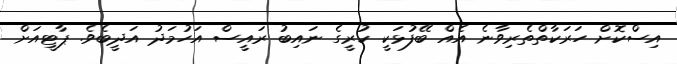
އިސްކޮށް ހަރަކާތްތެރިވާނެ އެއް ބޭފުޅަކީ ކުރީގެ ނައިބު ރައީސް އަހުމަދު އަދީބެވެ. ޕާޓީއަށް